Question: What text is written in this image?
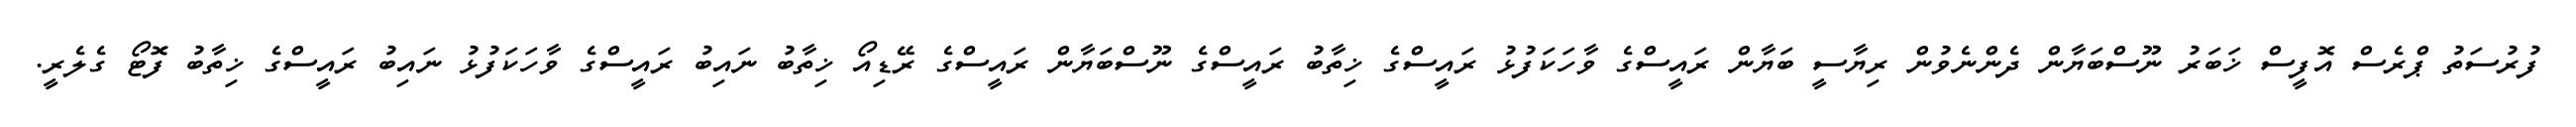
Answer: ފުރުސަތު ޕްރެސް އޮފީސް ޚަބަރު ނޫސްބަޔާން ދެންނެވުން ރިޔާސީ ބަޔާން ރައީސްގެ ވާހަކަފުޅު ރައީސްގެ ޚިތާބު ރައީސްގެ ނޫސްބަޔާން ރައީސްގެ ރޭޑިއޯ ޚިތާބު ނައިބު ރައީސްގެ ވާހަކަފުޅު ނައިބު ރައީސްގެ ޚިތާބު ފޮޓޯ ގެލެރީ.